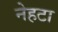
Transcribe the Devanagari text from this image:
नेहटा